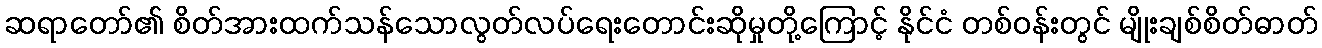
ဆရာတော်၏ စိတ်အားထက်သန်သောလွတ်လပ်ရေးတောင်းဆိုမှုတို့ကြောင့် နိုင်ငံ တစ်ဝန်းတွင် မျိုးချစ်စိတ်ဓာတ်